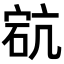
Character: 𥒳